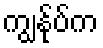
ကျွနု်ပ်က